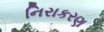
નિરાકરણ